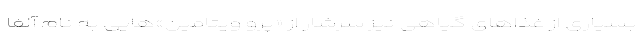
بسیاری از غذاهای گیاهی نیز سرشار از «پرو ویتامین‌»هایی به‌ نام آلفا